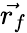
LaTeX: \vec{r_{f}}